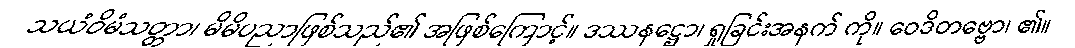
သယံဝိမံသတ္တာ၊ မိမိပညာဖြစ်သည်၏ အဖြစ်ကြောင့်။ ဒဿနဋ္ဌော၊ ရှုခြင်းအနက် ကို။ ဝေဒိတဗ္ဗော၊ ၏။